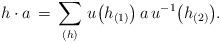
LaTeX: \begin{align*}h \cdot a \, = \, \sum \limits_{(h)} \, u \big( h_{(1)} \big) \, a \, u^{-1} \big( h_{(2)} \big).\end{align*}